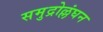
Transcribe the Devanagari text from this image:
समुद्रोल्लंघन